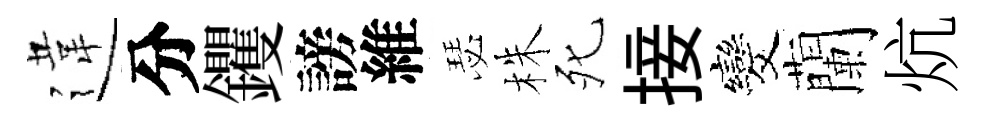
違分钁謗維瑟株死接发蘭炕